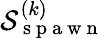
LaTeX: \mathcal{S}_{\mathrm{{~s~p~a~w~n~}}}^{(k)}